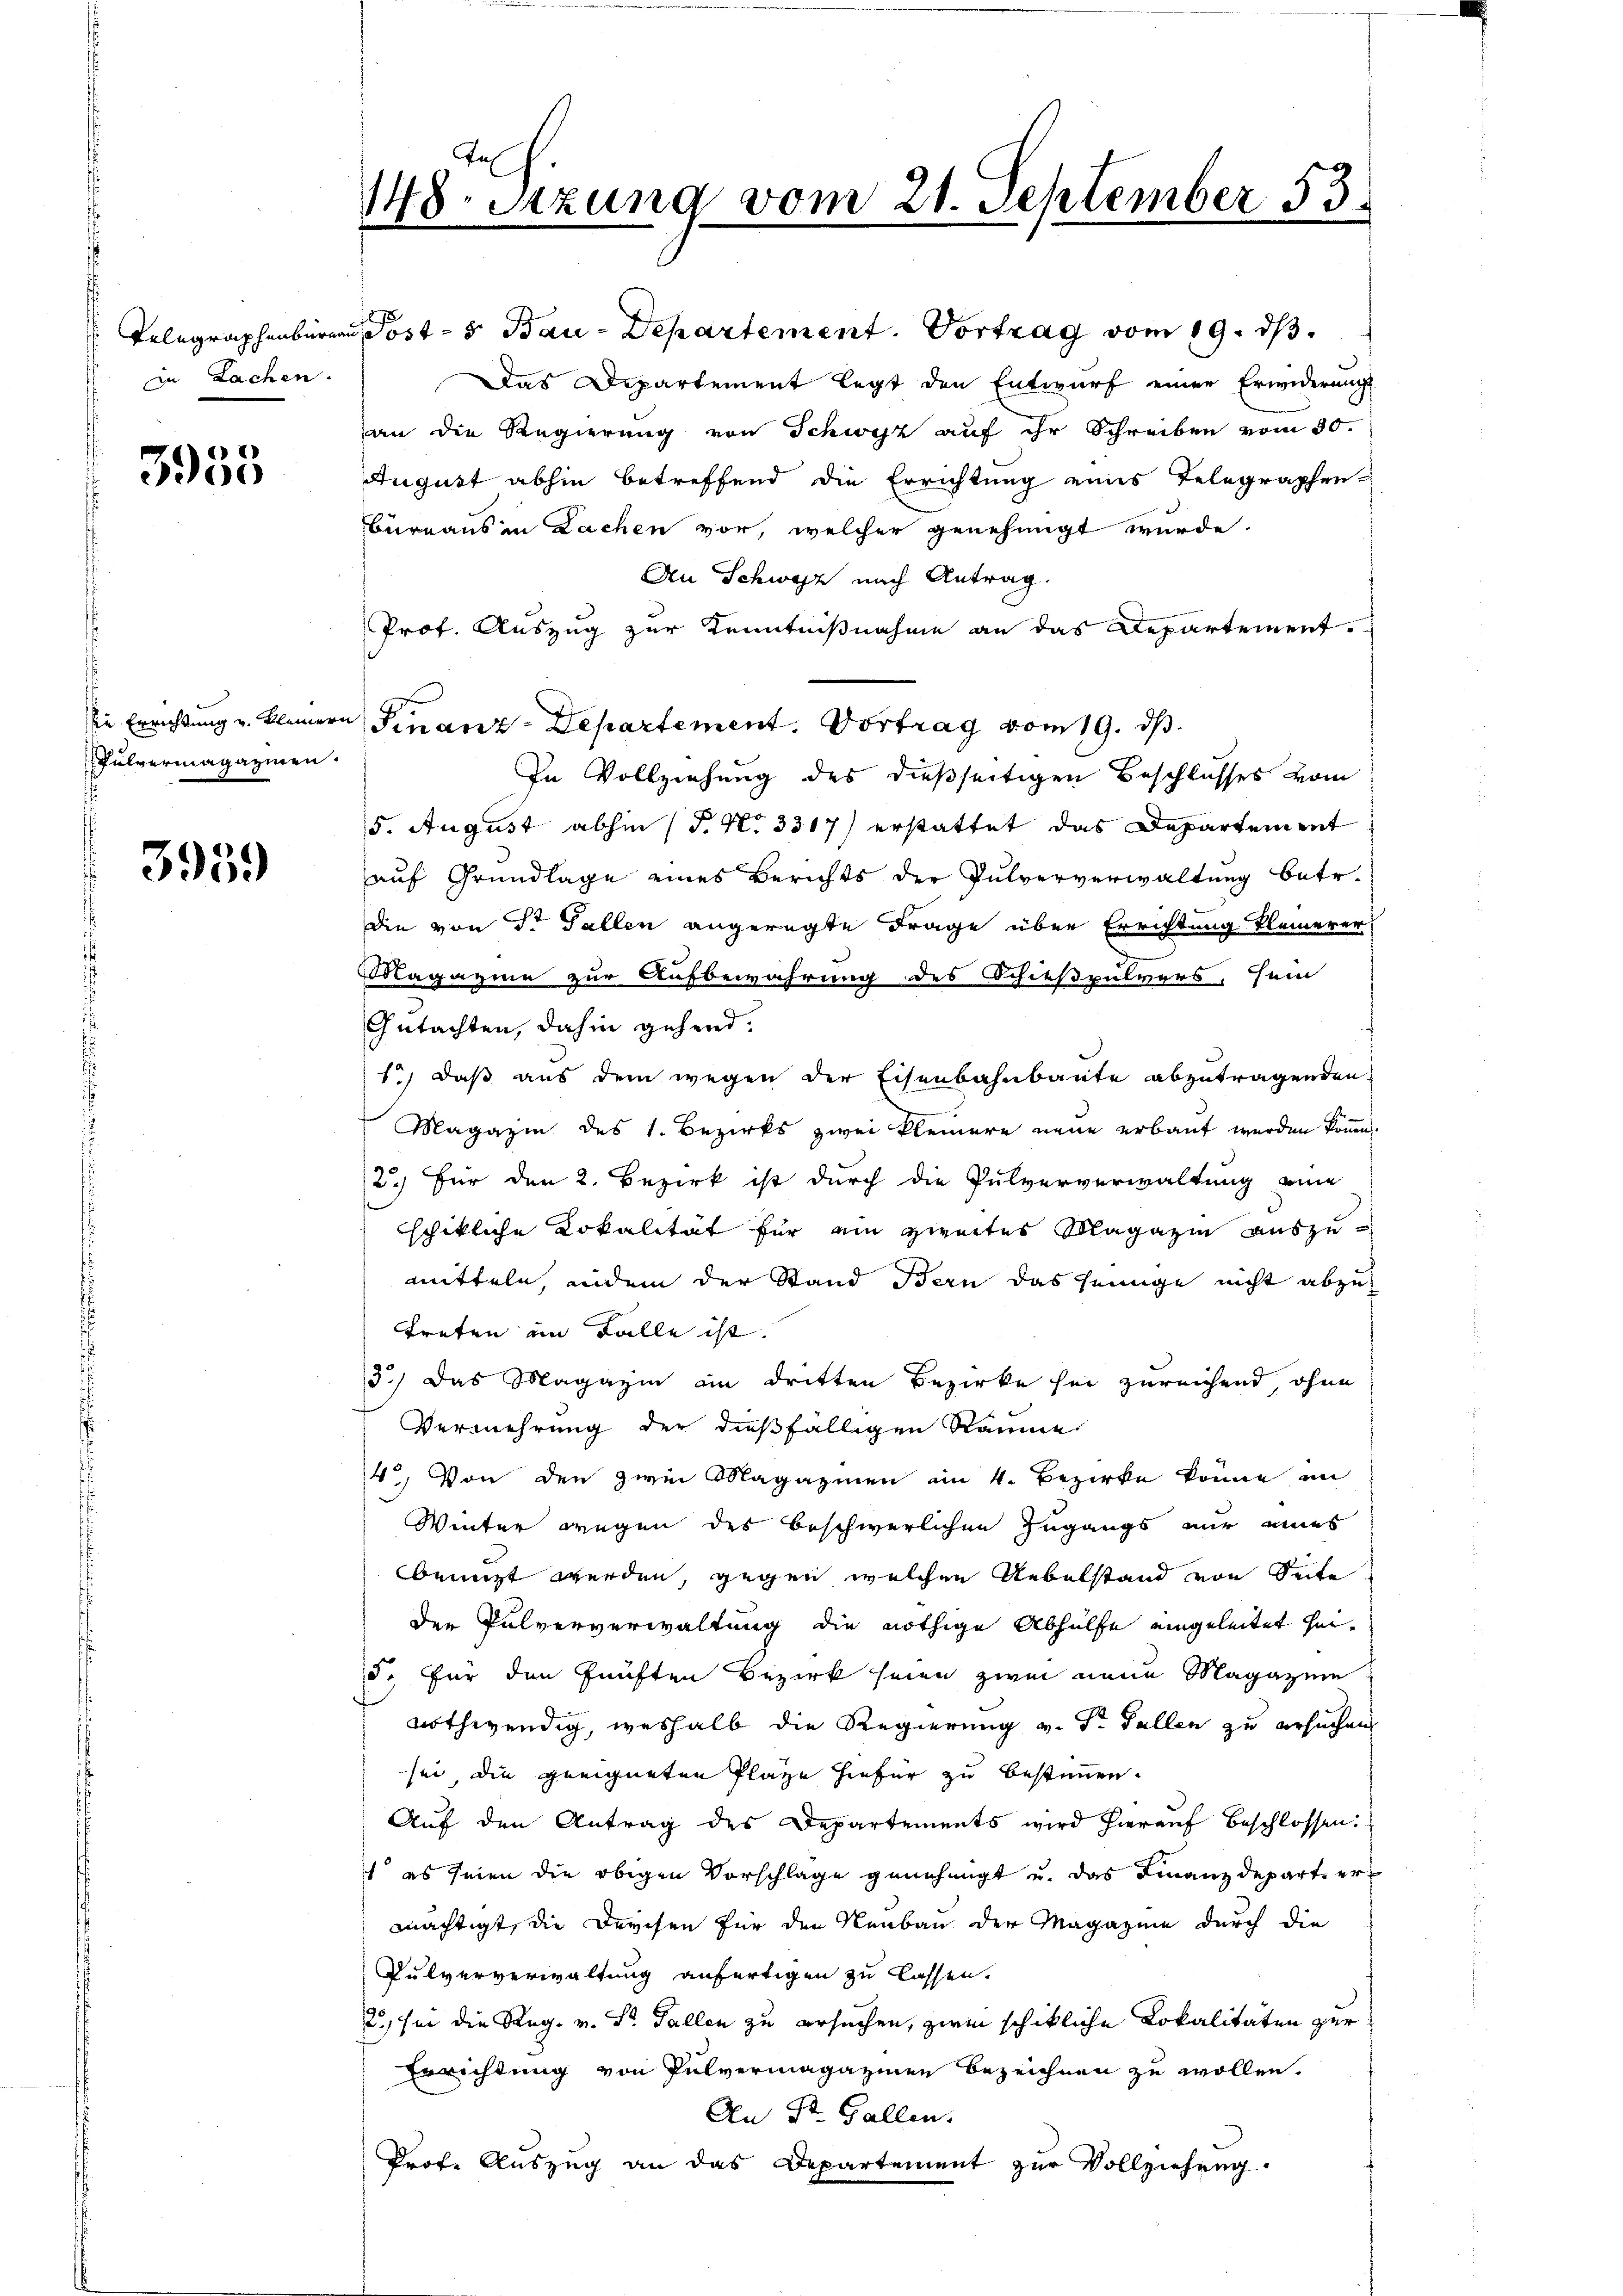
in Sachen.

5955

Pulvermagazinen
s

3959

Telegraphenburgen Post- u Bau-Departement. Vortrag vom 19. ds.
Das Departement legt den Entwurf einer Erwiderungs
an die Regierung von Schwyz auf ihr Schreiben vom 30.
August abhin betreffend die Errichtung eines Telegraphen
Büreaus in Lachen vor, welcher genehmigt wurde.
An Schwyz nach Antrag.
Prof. Auszug zur Kenntnißnahme an das Departement.
die Errichtung u. kleinern Finanz-Departement. Vortrag vom 19. ds.
In Vollziehung des dießseitigen Beschlusses vom
5. August abhin (T. N. 3317) erstattet das Departement
auf Grundlage eines Berichts der Pulververwaltung betr.
Die von Dr Fallen angeregte Frage über Errichtung kleinerer,
Magazine zur Aufbewahrung des Schießpulvers, sein
Gutachten, dahin gehend.
1., daß aus dem wegen der Eisenbahnbaute abzutragenden
Magazin des 1. Bezirks zwei kleinere neue erbaut werden können
2.) Für den 2. Bezirk ist durch die Pulververwaltung eine
schikliche Lokalität für ein zweites Magazin auszumitteln, indem der Stand Bern das seinige nicht abzutreten im Falle ist.
3.) Das Magazin an dritten Bezirke sei zureichend, ohne
Vermehrung der dießfälligen Räume
4) Von den zwei Magazinen am 4. Bezirke könne in
Winter wegen des beschwerlichen Zugangs nur eines
benuzt werden, gegen welchen Uebelstand von Seite
den Pulververwaltung die nöthige Abhülfe eingeleitet hei¬
5. für den fünften Bezirk seien zwei neue Magazine
nothwendig, weshalb die Regierung v. Sr Fallen zu ersuchen
sei die geeigneten Plaze hiefür zu bestimmen.
Aŭf den Antrag des Departements wird hieraŭf beschlossen:
1 es seien die obigen Vorschlage genehmigt u. das Finanzdeparte er-
mächtigt, die Durchen für den Neubau der Magazine durch die
Pulververwaltung anfertigen zu lassen.
2) sei die Reg. v. St. Gallen zu ersuchen, zwei schikliche Lokalitäten zur
Errichtung von Pulvermagazinen Bezeichnen zu wollen.
An St. Gallen.
Prote Auszug an das Departement zur Vollziehung.

148. Sitzung vom 21. September 53.